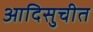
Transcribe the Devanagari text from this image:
आदिसुचीत